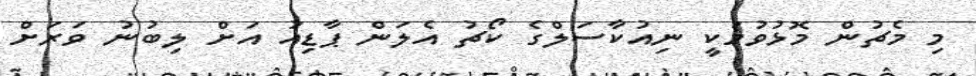
މި މެޗުން މޮޅުވުމަކީ ނިއުކާސަލްގެ ކޯޗު އެލަން ޕާޑިއު އަށް ލިބުނު ވަރަށް